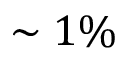
\sim 1 \%